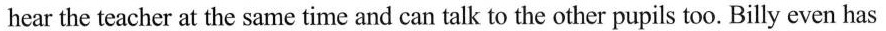
hear the teacher at the same time and can talk to the other pupils too. Billy even has